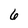
Character: 6